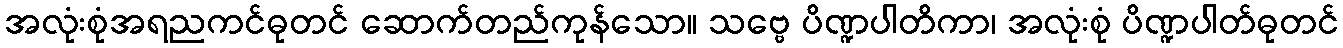
အလုံးစုံအရညကင်ဓုတင် ဆောက်တည်ကုန်သော။ သဗ္ဗေ ပိဏ္ဍပါတိကာ၊ အလုံးစုံ ပိဏ္ဍပါတ်ဓုတင်